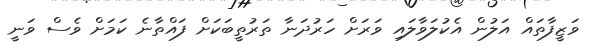
ވަޒީފާތައް އަލުން އެކުލަވާލައި ވަރަށް ހަރުދަނާ ތަރުތީބަކަށް ފައްތާނެ ކަމަށް ވެސް ވަނީ